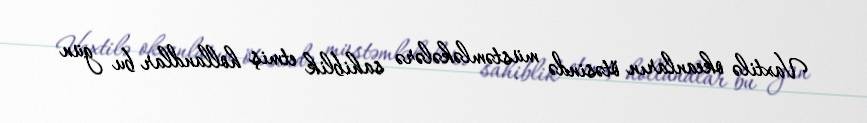
Vaxtilə okeanların ötəsində müstəmləkələrə sahiblik etmiş hollandlar bu gün